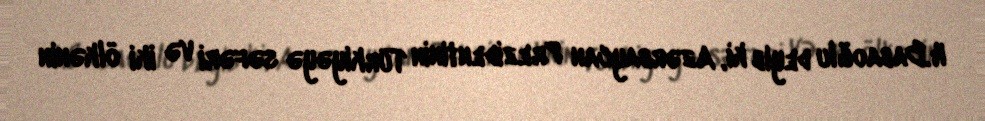
H.Babaoğlu deyib ki, Azərbaycan Prezidentinin Türkiyəyə səfəri və iki ölkənin